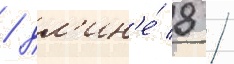
/ дл'ин'е́ 8 /